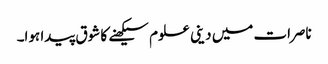
ناصرات میں دینی علوم سیکھنے کا شوق پیدا ہوا۔